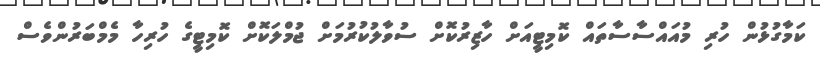
ކަމާގުޅުން ހުރި މުއައްސާސާތައް ކޮމިޓީއަށް ހާޒިރުކޮށް ސުވާލުކުރުމަށް ޖުމްލަކޮށް ކޮމިޓީގެ ހުރިހާ މެމްބަރުންވެސް